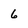
Character: 6